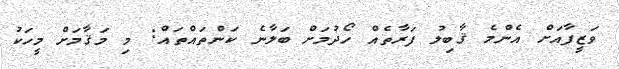
ވަޒީފާއަށް އެންމެ ޤާބިލު ފަރާތެއް ހޯދުމަށް ބަލާނެ ކަންތައްތައް: މި މަޤާމަށް މީހަކު